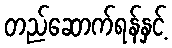
တည်ဆောက်ရန်နှင့်